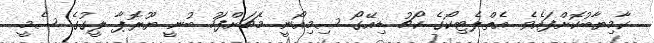
ކާމިޔާބުކޮށްފައެވެ. އެތްލެޓިކޯގެ ކޯޗު ޑިއޭގޯ ސިމިއޯނީ މެޗަށްފަހު ބުނީ ޔޫރޮޕާ ލީގުގެ ސެމީ